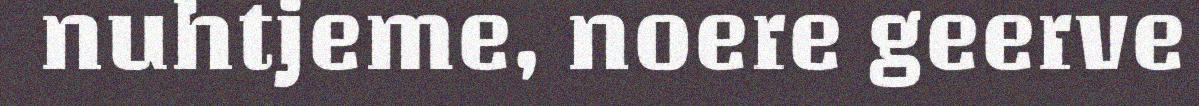
nuhtjeme, noere geerve